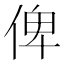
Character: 俾